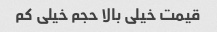
قیمت خیلی بالا حجم خیلی کم